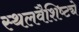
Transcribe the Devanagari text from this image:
स्थलवैशिष्ट्ये